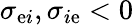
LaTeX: \sigma_{\mathrm{e}i},\sigma_{i\mathrm{e}}<0